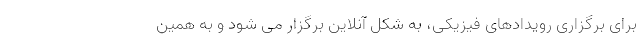
برای برگزاری رویدادهای فیزیکی، به شکل آنلاین برگزار می شود و به همین